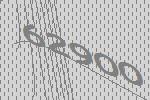
62900